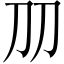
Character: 𠚪